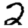
Digit: 2